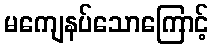
မကျေနပ်သောကြောင့်